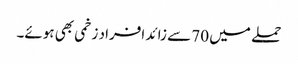
حملے میں 70 سے زائد افراد زخمی بھی ہوئے۔